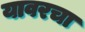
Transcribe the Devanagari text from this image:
यावरचा